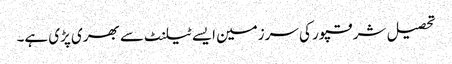
تحصیل شرقپور کی سرزمین ایسے ٹیلنٹ سے بھری پڑی ہے۔